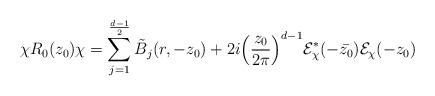
LaTeX: \begin{align*} \chi R_0(z_0) \chi = \sum_{j=1}^{\frac{d-1}{2}} \tilde{B}_j(r, -z_0 ) +2 i\Big( \frac{z_0} { 2 \pi } \Big)^{d-1} \mathcal{E}^*_{\chi}(- \bar{z_0}) \mathcal{E}_{\chi}( -z_0) \end{align*}